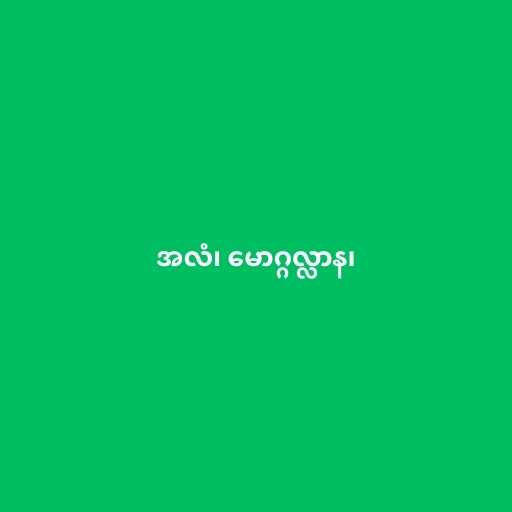
အလံ၊ မောဂ္ဂလ္လာန၊